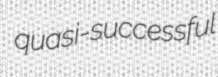
quasi-successful